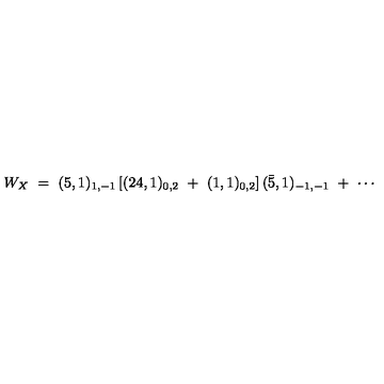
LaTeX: W _ { X } \ = \ ( 5 , 1 ) _ { 1 , - 1 } \left[ ( 2 4 , 1 ) _ { 0 , 2 } \ + \ ( 1 , 1 ) _ { 0 , 2 } \right] ( { \bar { 5 } } , 1 ) _ { - 1 , - 1 } \ + \ \cdots